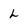
Character: L